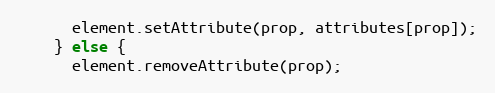
Language: JavaScript
      element.setAttribute(prop, attributes[prop]);
    } else {
      element.removeAttribute(prop);